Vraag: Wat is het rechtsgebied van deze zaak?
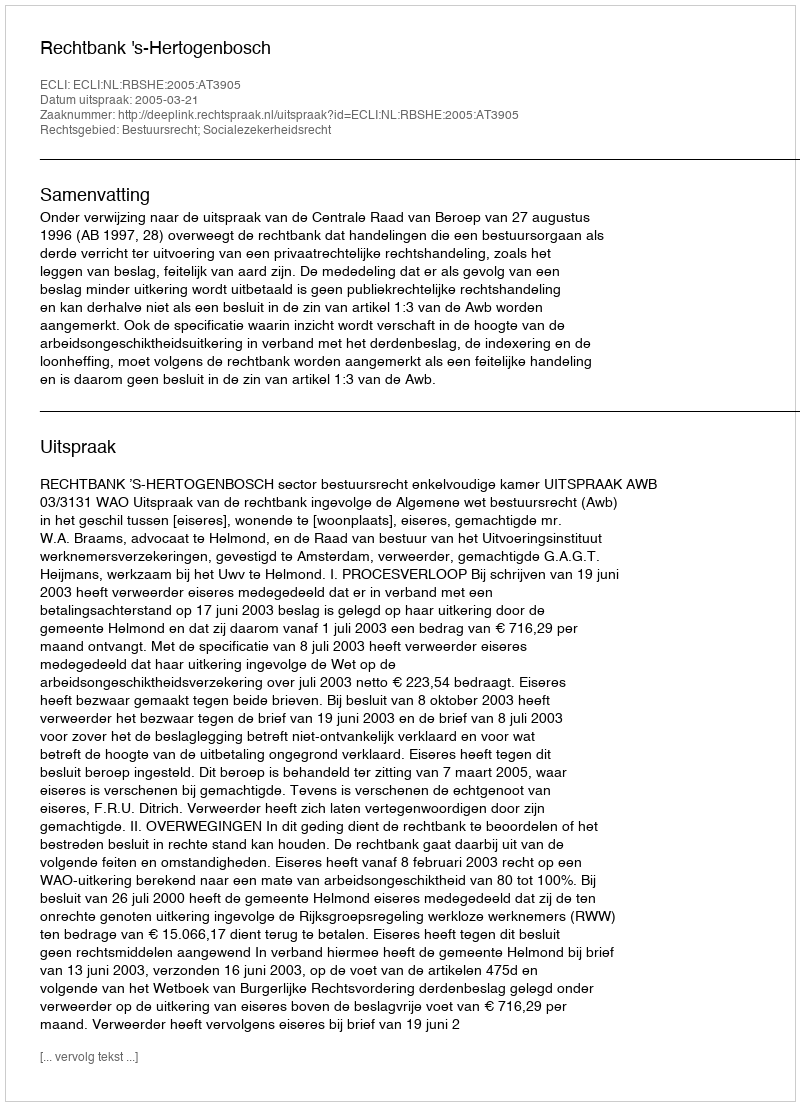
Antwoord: Bestuursrecht; Socialezekerheidsrecht